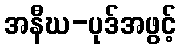
အနီဃ-ပုဒ်အဖွင့်